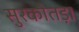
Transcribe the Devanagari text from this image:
सुरकोतड़ा